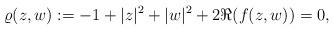
LaTeX: \begin{align*}\varrho (z,w): = -1 + |z|^2 + |w|^2 + 2\Re (f(z,w)) = 0,\end{align*}